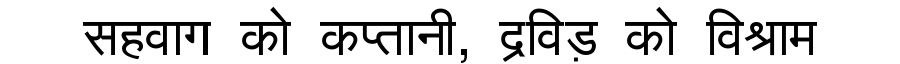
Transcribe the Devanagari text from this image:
सहवाग को कप्तानी, द्रविड़ को विश्राम